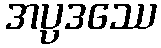
အပ္ပဒဿေ